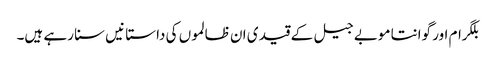
بلگرام اور گوانتا موبے جیل کے قید ی ان ظالموں کی داستا نیں سنا رہے ہیں۔